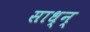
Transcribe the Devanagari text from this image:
साध्न्